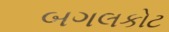
બગલકોટ